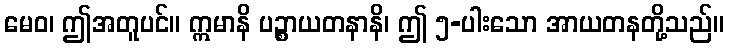
မေဝ၊ ဤအတူပင်။ ဣမာနိ ပဉ္စာယတနာနိ၊ ဤ ၅-ပါးသော အာယတနတို့သည်။